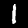
Digit: 1